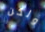
ولكن